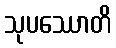
သုပဿောတိ